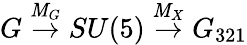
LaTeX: G\stackrel{\mathit{M}_{G}}{\rightarrow}SU(5)\stackrel{\mathit{M}_{X}}{\rightarrow}G_{321}